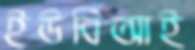
ইউবিআই